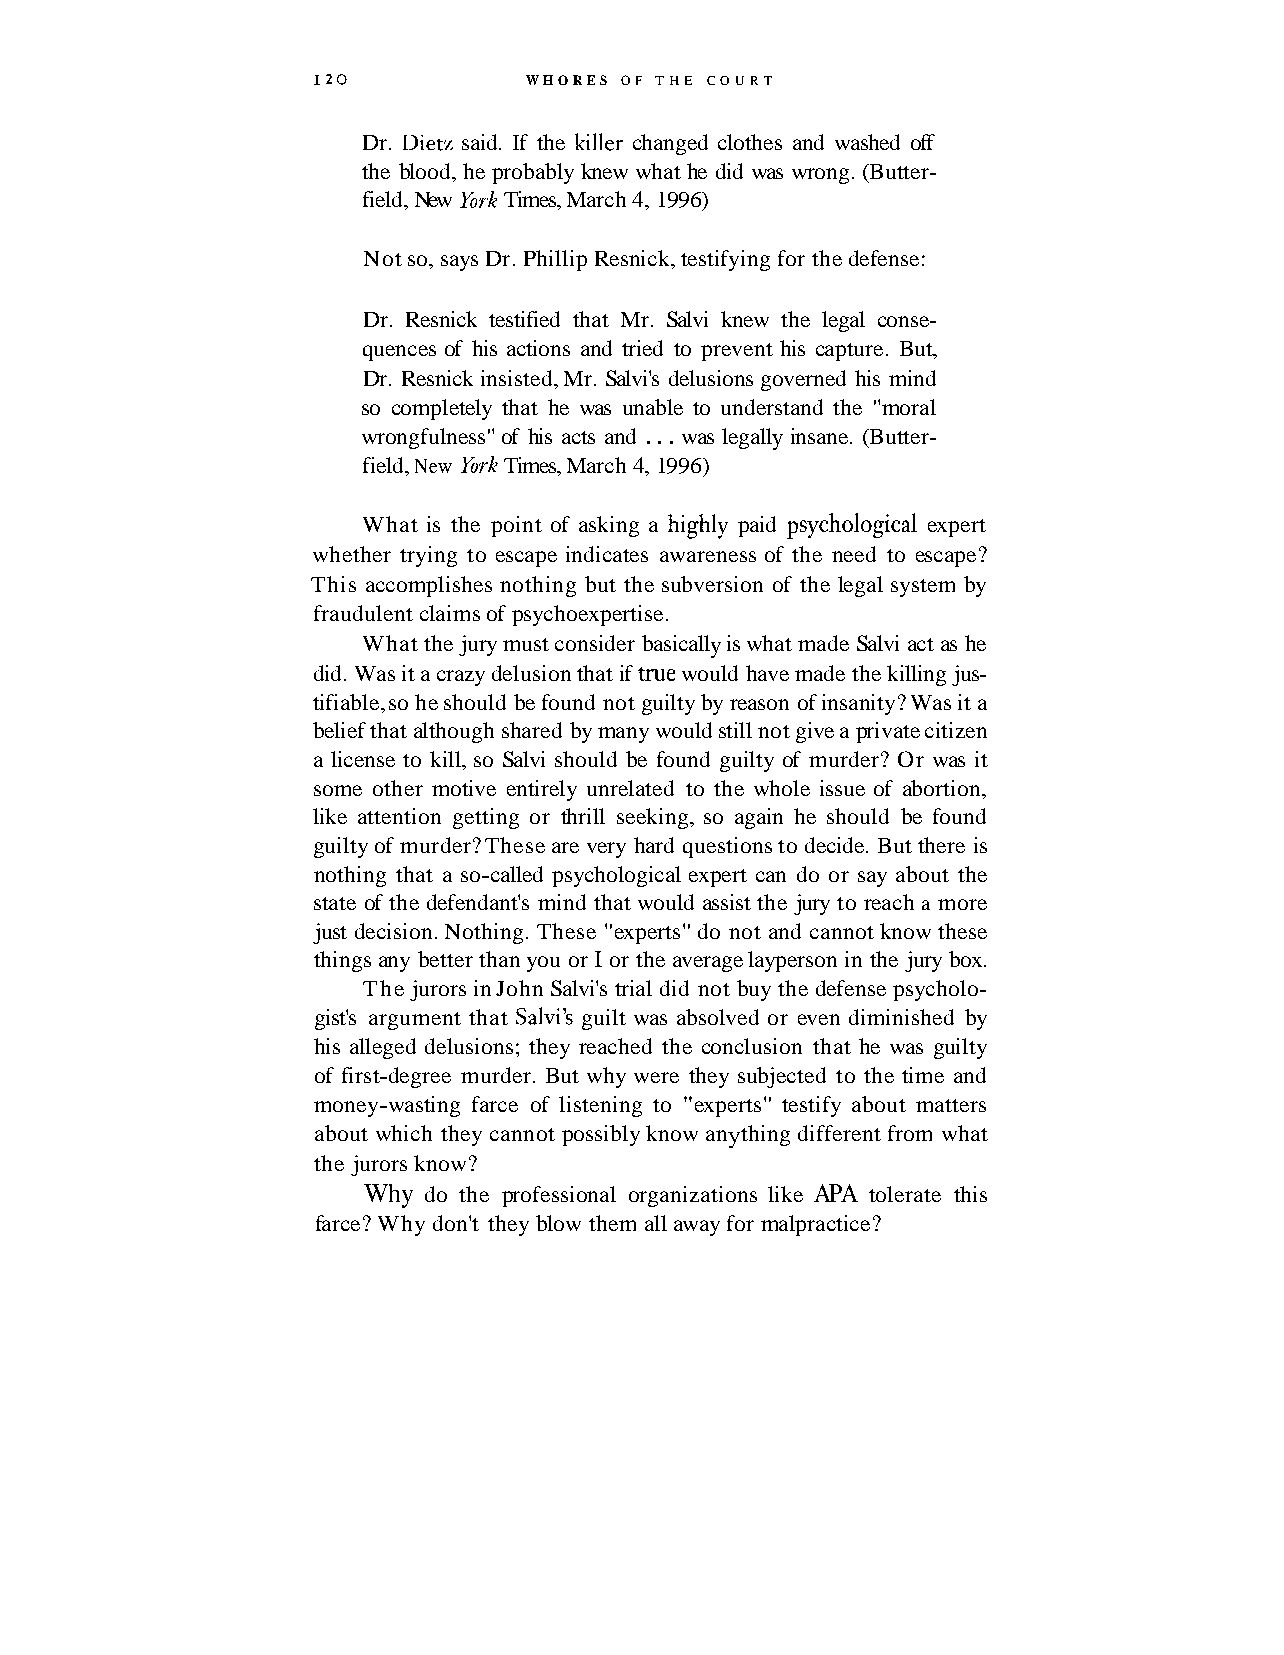
I20           WHORES OF THE COURT
 Dr. Dietz said. If the luller changed clothes and washed off
 the blood, he probably knew what he did was wrong. (Butter-
 field, New York Times, March 4, 1996)
 Not so, says Dr. Phillip Resnick, testifying for the defense:
 Dr. Resnick testified that Mr. Salvi knew the legal conse-
 quences of his actions and tried to prevent his capture. But,
 Dr. Resnick insisted, Mr. Salvi's delusions governed his mind
 so completely that he was unable to understand the "moral
 wrongfulness" of his acts and . . . was legally insane. (Butter-
 field, New York Times, March 4, 1996)
 What is the point of asking a highly paid psychological expert
 whether trying to escape indicates awareness of the need to escape?
 This accomplishes nothing but the subversion of the legal system by
 fraudulent claims of psychoexpertise.
 What the jury must consider basically is what made Salvi act as he
 did. Was it a crazy delusion that if m ew ould have made the killing jus-
 tifiable, so he should be found not guilty by reason of insanity? Was it a
 belief that although shared by many would still not give a private citizen
 a license to kill, so Salvi should be found guilty of murder? Or was it
 some other motive entirely unrelated to the whole issue of abortion,
 like attention getting or thrill seeking, so again he should be found
 guilty of murder? These are very hard questions to decide. But there is
 nothing that a so-called psychological expert can do or say about the
 state of the defendant's mind that would assist the jury to reach a more
 just decision. Nothing. These "experts" do not and cannot know these
 things any better than you or I or the average layperson in the jury box.
 The jurors in John Salvi's trial did not buy the defense psycholo-
 gist's argument that Salvi's guilt was absolved or even diminished by
 his alleged delusions; they reached the conclusion that he was guilty
 of first-degree murder. But why were they subjected to the time and
 money-wasting farce of listening to "experts" testify about matters
 about which they cannot possibly know anything different from what
 the jurors know?
 Why do the professional organizations like APA tolerate this
 farce? Why don't they blow them all away for malpractice?